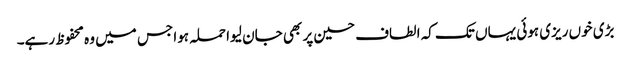
بڑی خوں ریزی ہوئی یہاں تک کہ الطاف حسین پر بھی جان لیوا حملہ ہوا جس میں وہ محفوظ رہے۔